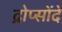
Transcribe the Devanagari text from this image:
द्रोप्सोंदे